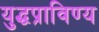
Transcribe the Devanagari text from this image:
युद्धप्राविण्य